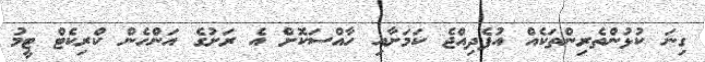
ގިނަ ކުޅުންތެރިންތަކެއް އުފެދިއްޖެ ކަމަށާއި ހާއްސަކޮށް އެ ރަށުގެ އަންހެން ކްރިކެޓް ޓީމު